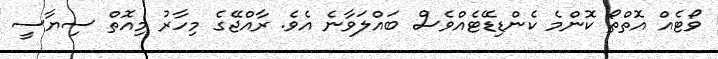
ވޯޓެއް އޮތްތޯ ކޮންމެ ކެންޑިޑޭޓެއްވެސް ބައްލަވާނެ އެވެ. ރާއްޖޭގެ މިހާރު މިއޮތް ސިޔާސީ